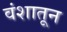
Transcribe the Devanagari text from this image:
वंशातून